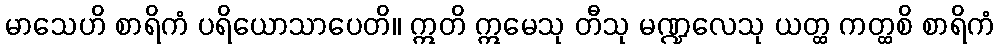
မာသေဟိ စာရိကံ ပရိယောသာပေတိ။ ဣတိ ဣမေသု တီသု မဏ္ဍလေသု ယတ္ထ ကတ္ထစိ စာရိကံ